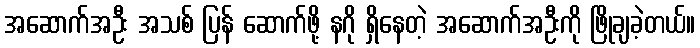
အဆောက်အဦး အသစ် ပြန် ဆောက်ဖို့ နဂို ရှိနေတဲ့ အဆောက်အဦးကို ဖြိုချခဲ့တယ်။